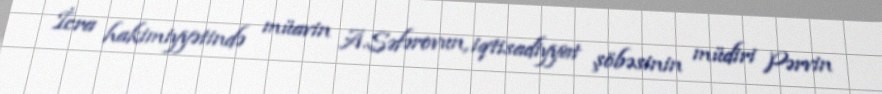
İcra hakimiyyətində müavin A.Səfərovun, iqtisadiyyat şöbəsinin müdiri Pərvin